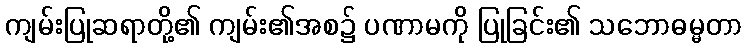
ကျမ်းပြုဆရာတို့၏ ကျမ်း၏အစ၌ ပဏာမကို ပြုခြင်း၏ သဘောဓမ္မတာ